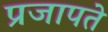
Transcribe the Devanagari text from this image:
प्रजापते